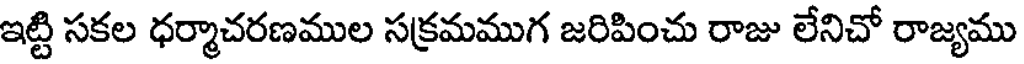
ఇట్టి సకల ధర్మాచరణముల సక్రమముగ జరిపించు రాజు లేనిచో రాజ్యము